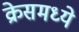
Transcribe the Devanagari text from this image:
क्रेसमध्ये